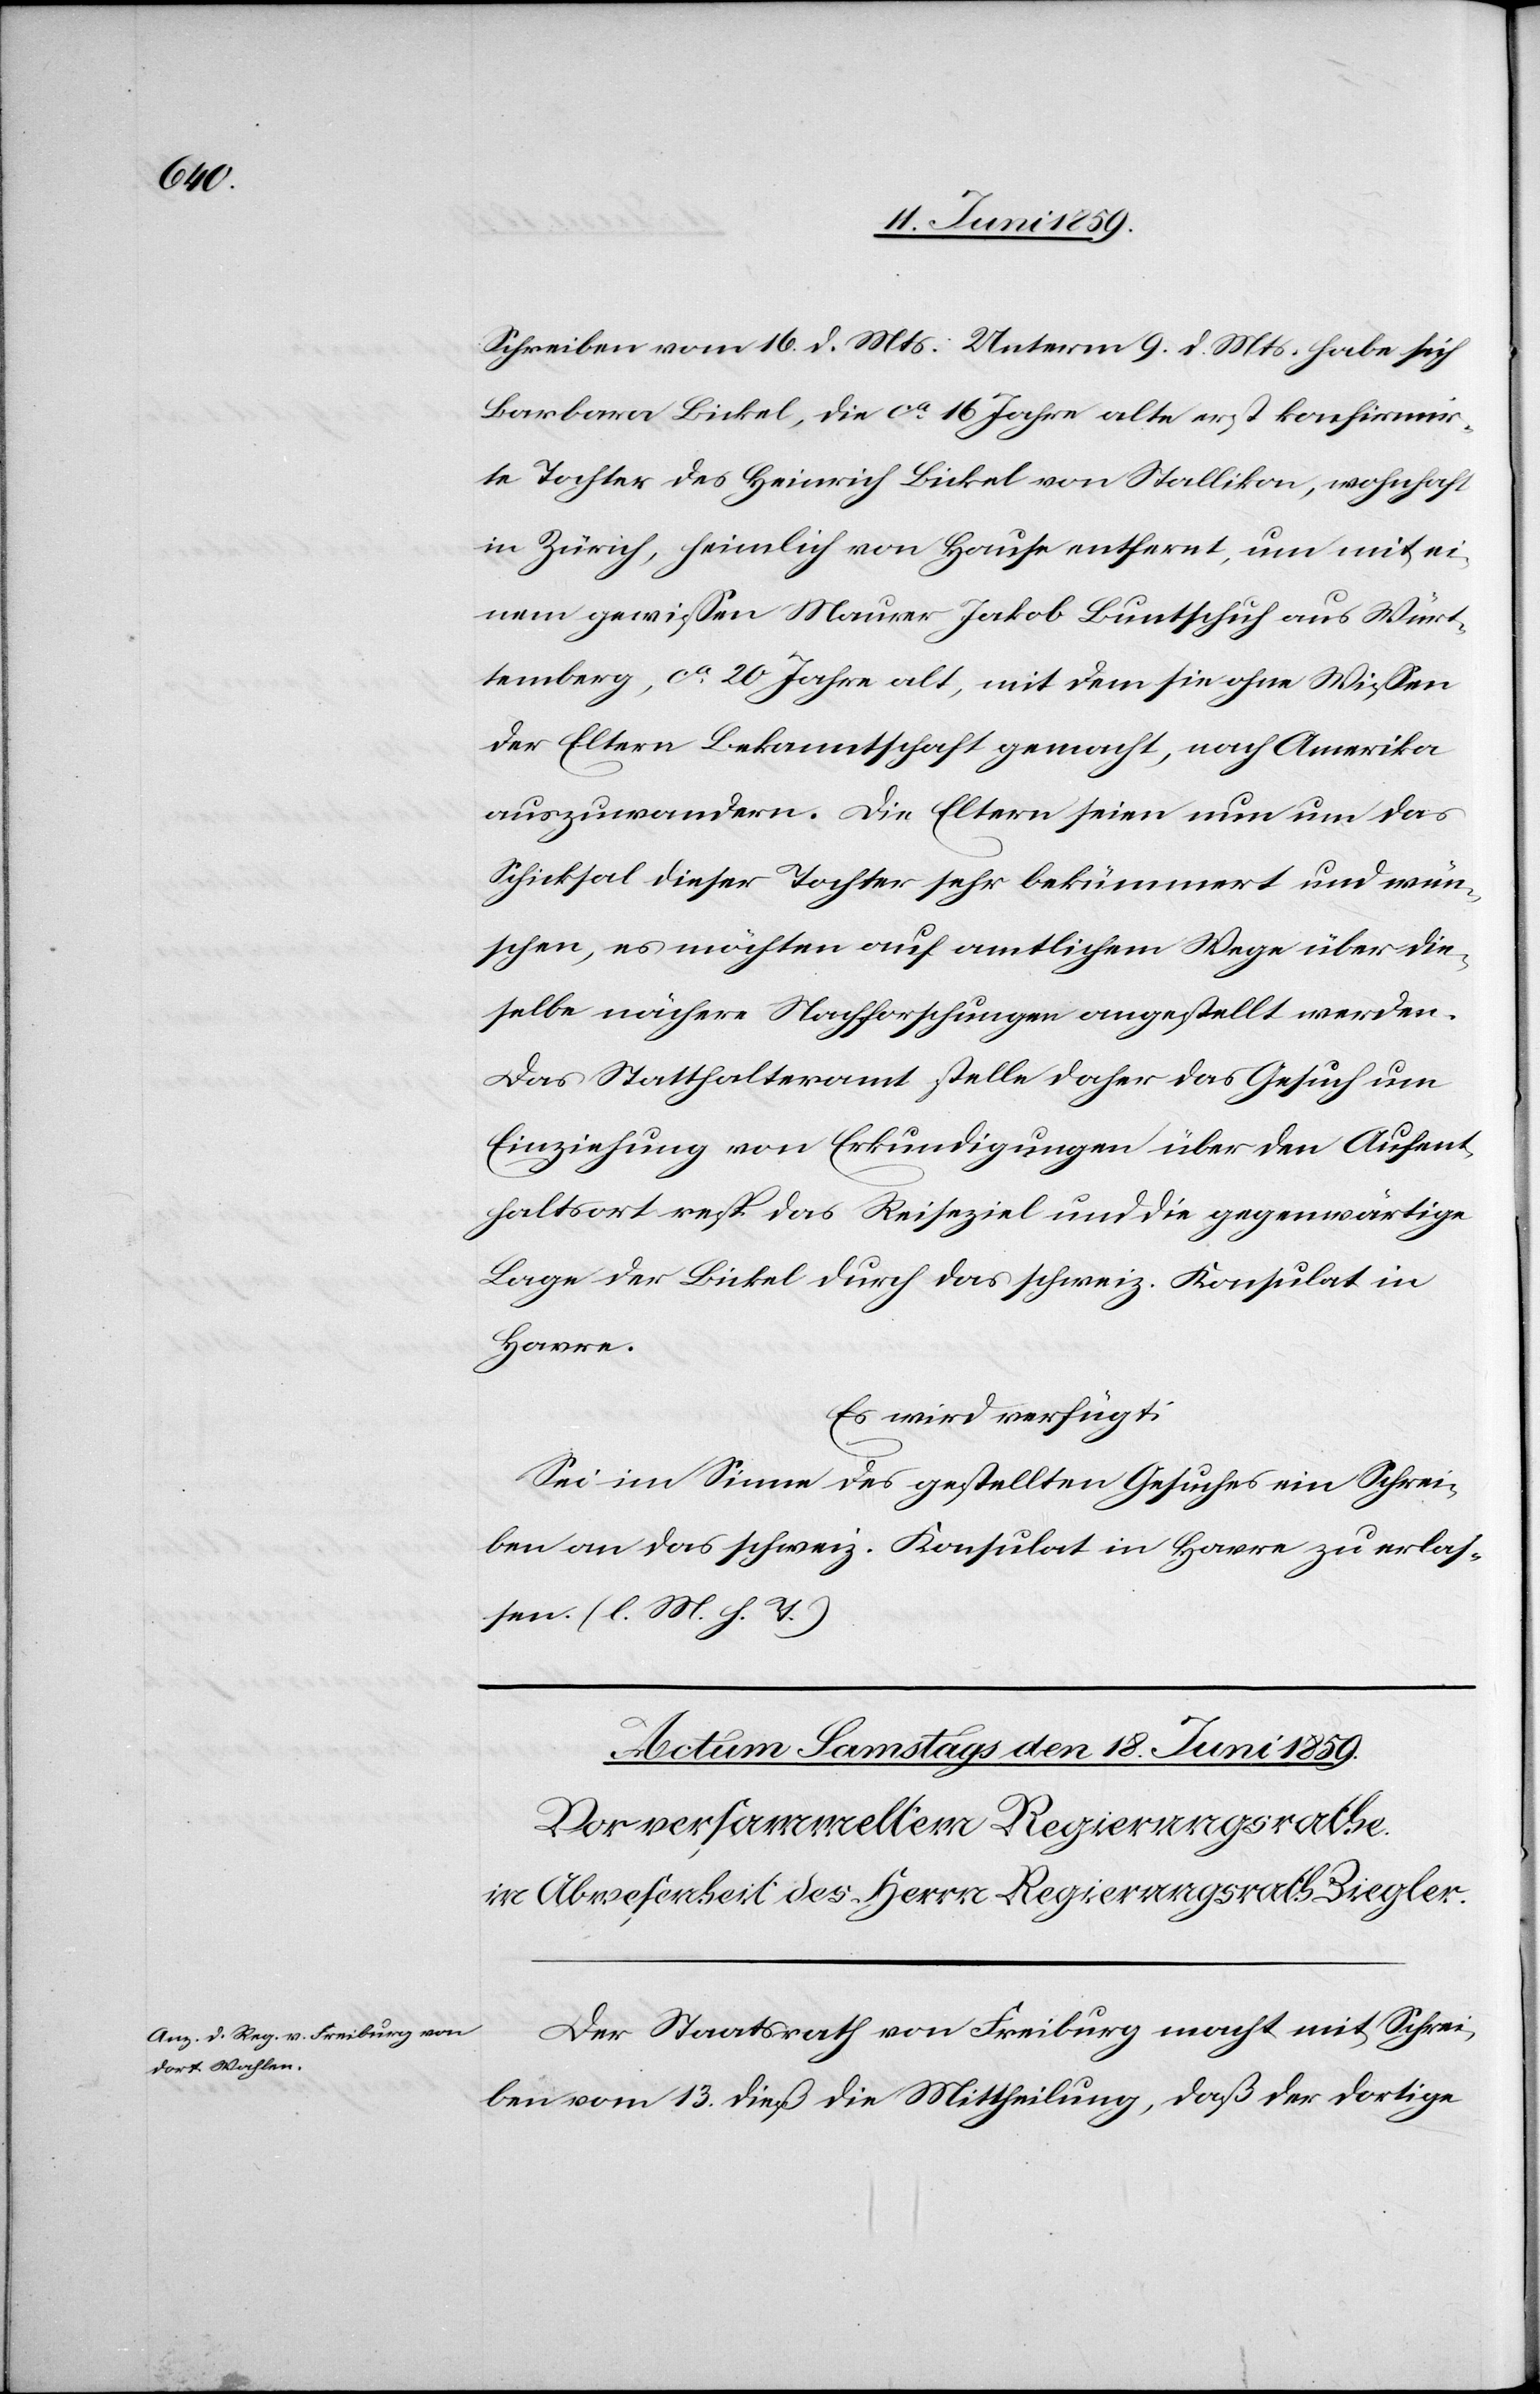
Schreiben vom 16. d. Mts. Unterm 9. d. Mts. habe sich
in Zürich, heimlich von Hause entfernt, um mit ei¬
nem gewissen Maurer Jakob Buntschuh aus Würt¬
temberg, ca 20 Jahre alt, mit dem sie ohne Wissen
der Eltern Bekanntschaft gemacht, nach Amerika
auszuwandern. Die Eltern seien nun um das
Schicksal dieser Tochter sehr bekümmert und wün¬
schen, es möchten auf amtlichem Wege über die¬
selbe nächere Nachforschungen angestellt werden.
Das Statthalteramt stelle daher das Gesuch um
Einziehung von Erkundigungen über den Aufent¬
haltsort resp. das Reiseziel und die gegenwärtige
Lage der Bickel durch das schweiz. Konsulat in
Havre.
Es wird verfügt:
Sei im Sinne des gestellten Gesuches ein Schrei¬
ben an das schweiz. Konsulat in Harre zu erlas¬
sen. (l. M. h. T.)
Der Staatsrath von Freiburg macht mit Schrei¬
ben vom 13. dieß die Mittheilung, daß der dortige